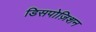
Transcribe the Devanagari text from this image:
डिसपोज़िशन